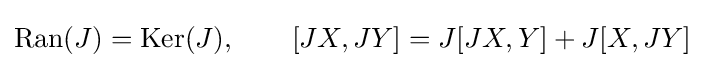
\operatorname {Ran} (J)=\operatorname {Ker} (J),\qquad [JX,JY]=J[JX,Y]+J[X,JY]